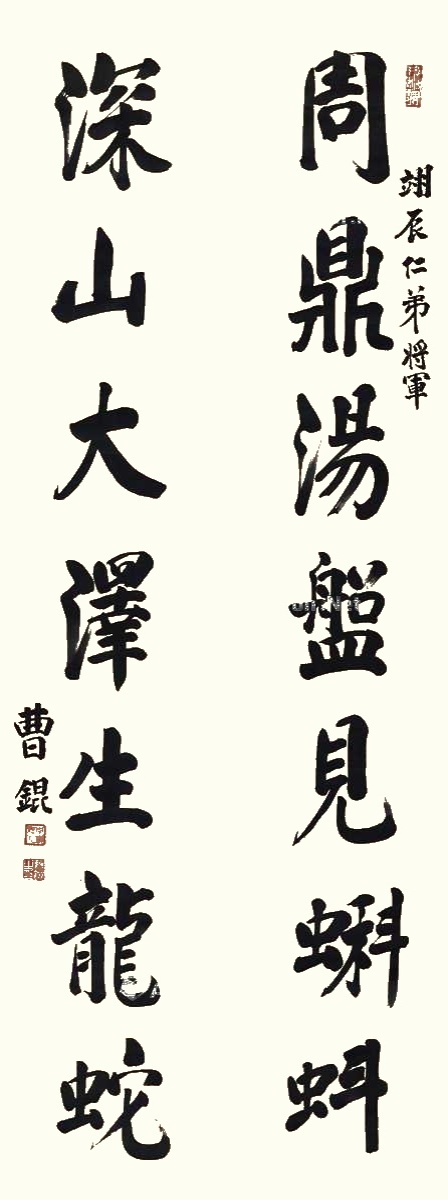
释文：周鼎汤盘见蝌蚪，深山大泽生龙蛇。翊辰仁弟将军，曹锟。